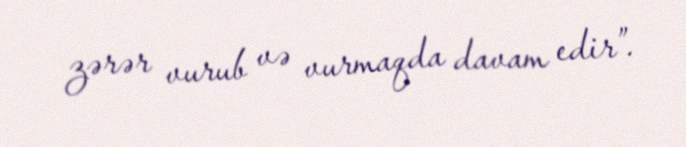
zərər vurub və vurmaqda davam edir”.